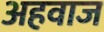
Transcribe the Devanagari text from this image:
अहवाज